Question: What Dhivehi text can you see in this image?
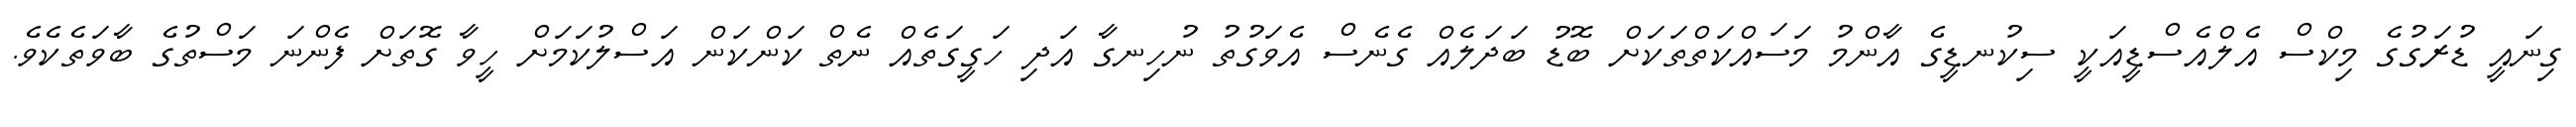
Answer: ގިނައީ ޑުރަގުގެ މިކްސް އެލްއެސްޑީއަކީ ސިކުނޑީގެ އާންމު މަސައްކަތްތަކަށް ބޮޑު ބަދަލެއް ގެނެސް އެވަގުތު ނުހިނގާ އަދި ހަގީގަތެއް ނެތް ކަންކަން އަސްލުކަމަށް ހީވާ ގޮތަށް ފެންނަ މަސްތުގެ ބާވަތެކެވެ.